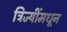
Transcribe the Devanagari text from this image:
त्रिज्यींमधून